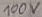
Text: 100V